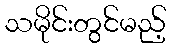
သမိုင်းတွင်မည့်